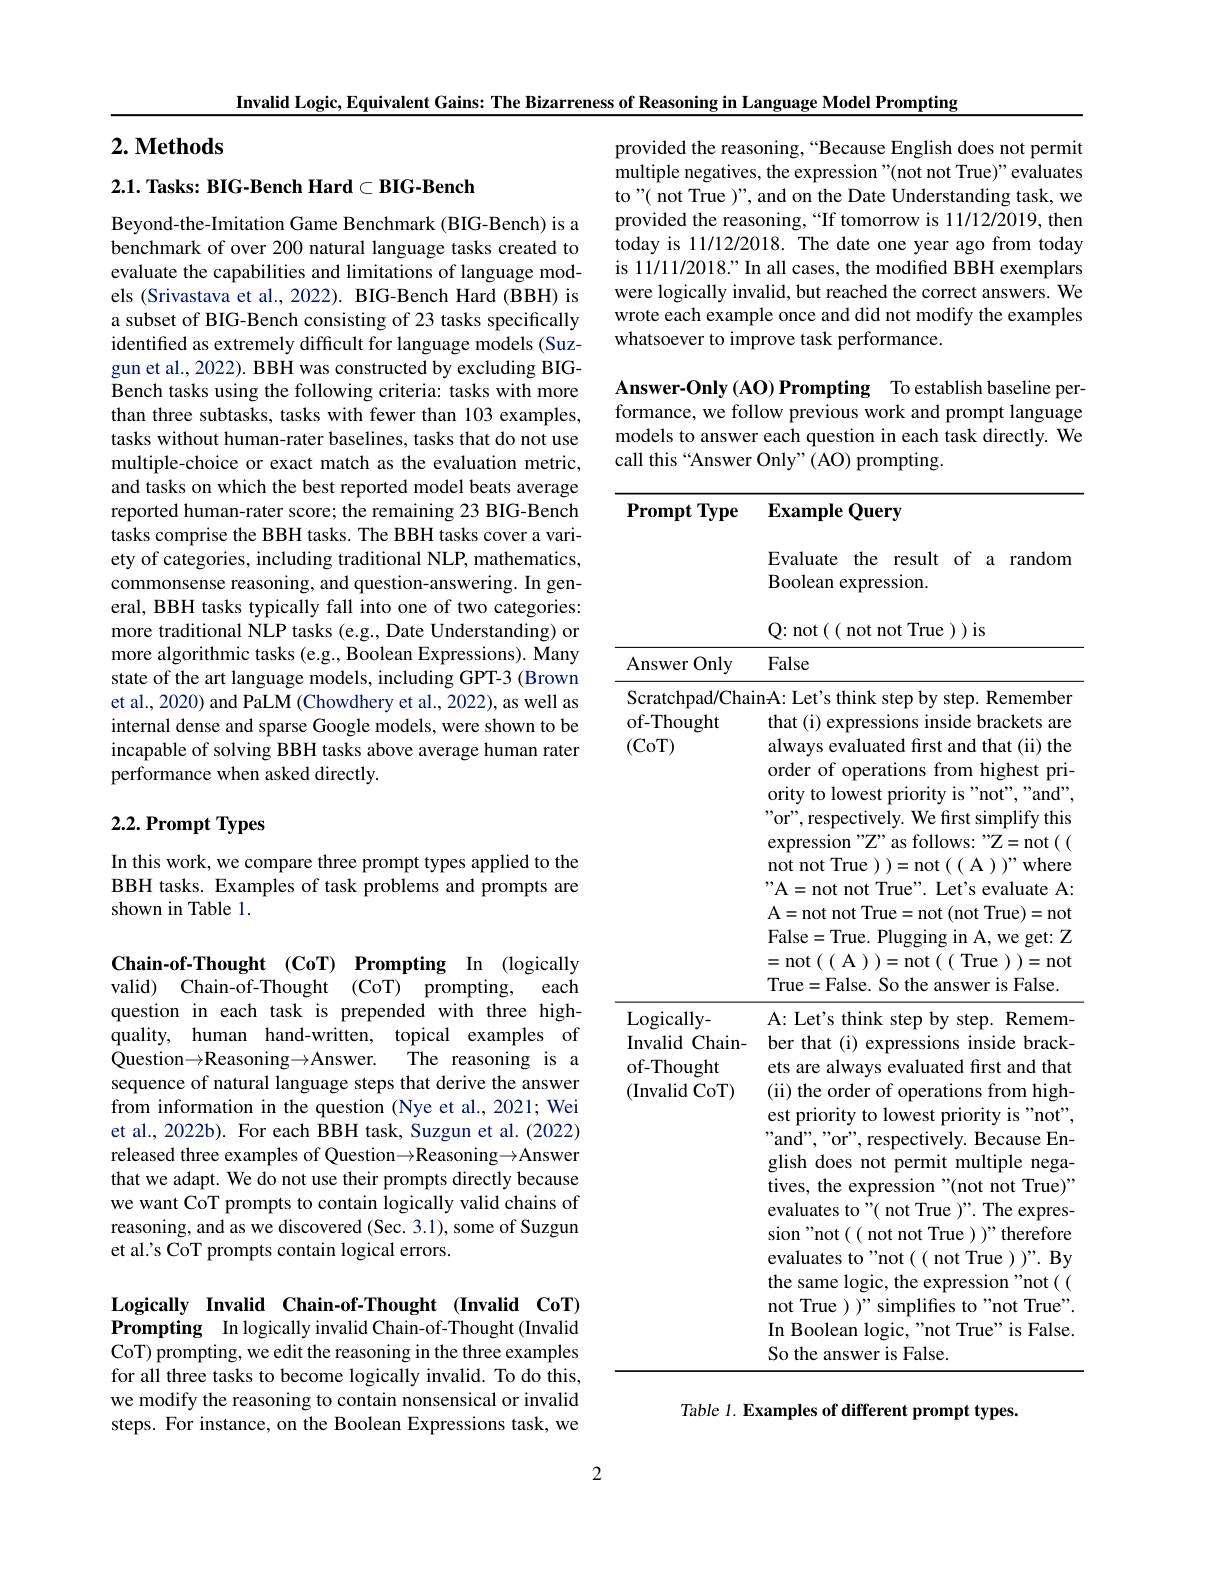
Invalid Logic, Equivalent Gains: The Bizarreness of Reasoning in Language Model Prompting

## $2. \textbf{ Methods}$

2.1. Tasks: BIG-Bench Hard$\subset$BIG-Bench

Beyond-the-Imitation Game Benchmark (BIG-Bench) is a benchmark of over 200 natural language tasks created to evaluate the capabilities and limitations of language models (Srivastava et al., 2022). BIG-Bench Hard (BBH) is a subset of BIG-Bench consisting of 23 tasks specifically identified as extremely difficult for language models (Suzgun et al., 2022). BBH was constructed by excluding BIGBench tasks using the following criteria: tasks with more than three subtasks, tasks with fewer than 103 examples, tasks without human-rater baselines, tasks that do not use multiple-choice or exact match as the evaluation metric, and tasks on which the best reported model beats average reported human-rater score; the remaining 23 BIG-Bench tasks comprise the BBH tasks. The BBH tasks cover a variety of categories, including traditional NLP, mathematics, commonsense reasoning, and question-answering. In general, BBH tasks typically fall into one of two categories: more traditional NLP tasks (e.g., Date Understanding) or more algorithmic tasks (e.g., Boolean Expressions). Many state of the art language models, including GPT-3 (Brown et al., 2020) and PaLM (Chowdhery et al., 2022), as well as internal dense and sparse Google models, were shown to be incapable of solving BBH tasks above average human rater performance when asked directly.

# 2.2. Prompt Types

In this work, we compare three prompt types applied to the BBH tasks. Examples of task problems and prompts are shown in Table 1.

Chain-of-Thought (CoT) Prompting In (logically valid) Chain-of-Thought (CoT) prompting, each question in each task is prepended with three high- $\hat{\text{quality, human hand- written, }}$ topical examples of Question$\to$Reasoning$\to$Answer.
The reasoning is a
sequence of natural language steps that derive the answer from information in the question (Nye et al., 2021; Wei et al., 2022b). For each BBH task, Suzgun et al. (2022) released three examples of Question$\to\mathbb{R}$easoning$\to\mathbb{A}$nswer that we adapt. We do not use their prompts directly because we want CoT prompts to contain logically valid chains of reasoning, and as we discovered (Sec. 3.1), some of Suzgun et al.'s CoT prompts contain logical errors.

Logically Invalid Chain-of-Thought (Invalid CoT) Prompting In logically invalid Chain-of-Thought (Invalid CoT) prompting, we edit the reasoning in the three examples for all three tasks to become logically invalid. To do this, we modify the reasoning to contain nonsensical or invalid steps. For instance, on the Boolean Expressions task, we

provided the reasoning,“Because English does not permit multiple negatives, the expression"(not not True)" evaluates to"( not True )", and on the Date Understanding task, we provided the reasoning, “If tomorrow is 11/12/2019, then today is 11/12/2018. The date one year ago from today is 11/11/2018." In all cases, the modified BBH exemplars were logically invalid, but reached the correct answers. We wrote each example once and did not modify the examples whatsoever to improve task performance.

Answer-Only (AO) Prompting To establish baseline performance, we follow previous work and prompt language models to answer each question in each task directly. We call this “Answer Only" (AO) prompting.

Prompt Type

Example Query

Evaluate the result of a random

<table>
	<tbody>
		<tr>
			<th> </th>
			<th>Q: not(( not not True )) is</th>
		</tr>
		<tr>
			<th>Answer Only</th>
			<th>False</th>
		</tr>
		<tr>
			<td>$\operatorname{Scratchpad/Char}$ of-Thought (CoT)</td>
			<td>nA: Let's think step by step. Remember that (i) expressions inside brackets are always evaluated first and that (ii) the order of operations from highest pri- ority to lowest priority is "not", "and", 'or", respectively. We first simplify this expression "Z" as follows: "Z=not(( not not True )=not((A))"where " A= not not True" .  Le$t^{\prime }$s evaluate A:  A= not not True= not ( not True) = not False=True. Plugging in A, we get: Z =not(A))=not(True))=not True=False. So the answer is False.</td>
		</tr>
		<tr>
			<td>Logically-  Invalid Chain- of-Thought (Invalid CoT)</td>
			<td>Irue=False. So the answer is False. A: Let's think step by step. Remem- ber that (i) expressions inside brack- ets are always evaluated first and that (ii) the order of operations from high est priority to lowest priority is"not" "and","or", respectively. Because En- glish does not permit multiple nega tives, the expression"(not not True) evaluates to"( not True )". The expres- sion"not(( not not True) )"therefore evaluates to"not(( not True ) )". By the same logic, the expression"not((0)) not True )"simplifes to"not True" In Boolean logic, "not True" is False So the answer is False.</td>
		</tr>
	</tbody>
</table>

Boolean expression.

Table 1. Examples of different prompt types.

2